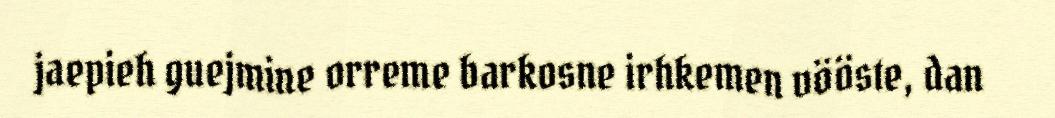
jaepieh guejmine orreme barkosne irhkemen vööste, dan